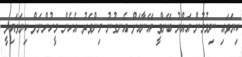
ކިޔަވައި ނިމުމުން އައްޔު ބޭންވީ އޭނާއަށް އެނގުނު މިންވަރު އެހެން މީހުންނަށް ކިޔަވައިދީ